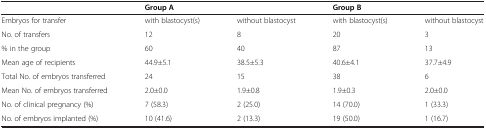
|  | <COLSPAN=2> Group A | <COLSPAN=2> Group B |
 | --- | --- | --- | --- | --- |
 | Embryos for transfer | with blastocyst(s) | without blastocyst | with blastocyst(s) | without blastocyst |
 | No. of transfers | 12 | 8 | 20 | 3 |
 | % in the group | 60 | 40 | 87 | 13 |
 | Mean age of recipients | 44.9±5.1 | 38.5±5.3 | 40.6±4.1 | 37.7±4.9 |
 | Total No. of embryos transferred | 24 | 15 | 38 | 6 |
 | Mean No. of embryos transferred | 2.0±0.0 | 1.9±0.8 | 1.9±0.3 | 2.0±0.0 |
 | No. of clinical pregnancy (%) | 7 (58.3) | 2 (25.0) | 14 (70.0) | 1 (33.3) |
 | No. of embryos implanted (%) | 10 (41.6) | 2 (13.3) | 19 (50.0) | 1 (16.7) |